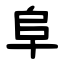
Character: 阜